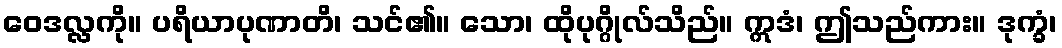
ဝေဒလ္လကို။ ပရိယာပုဏာတိ၊ သင်၏။ သော၊ ထိုပုဂ္ဂိုလ်သိည်။ ဣဒံ၊ ဤသည်ကား။ ဒုက္ခံ၊